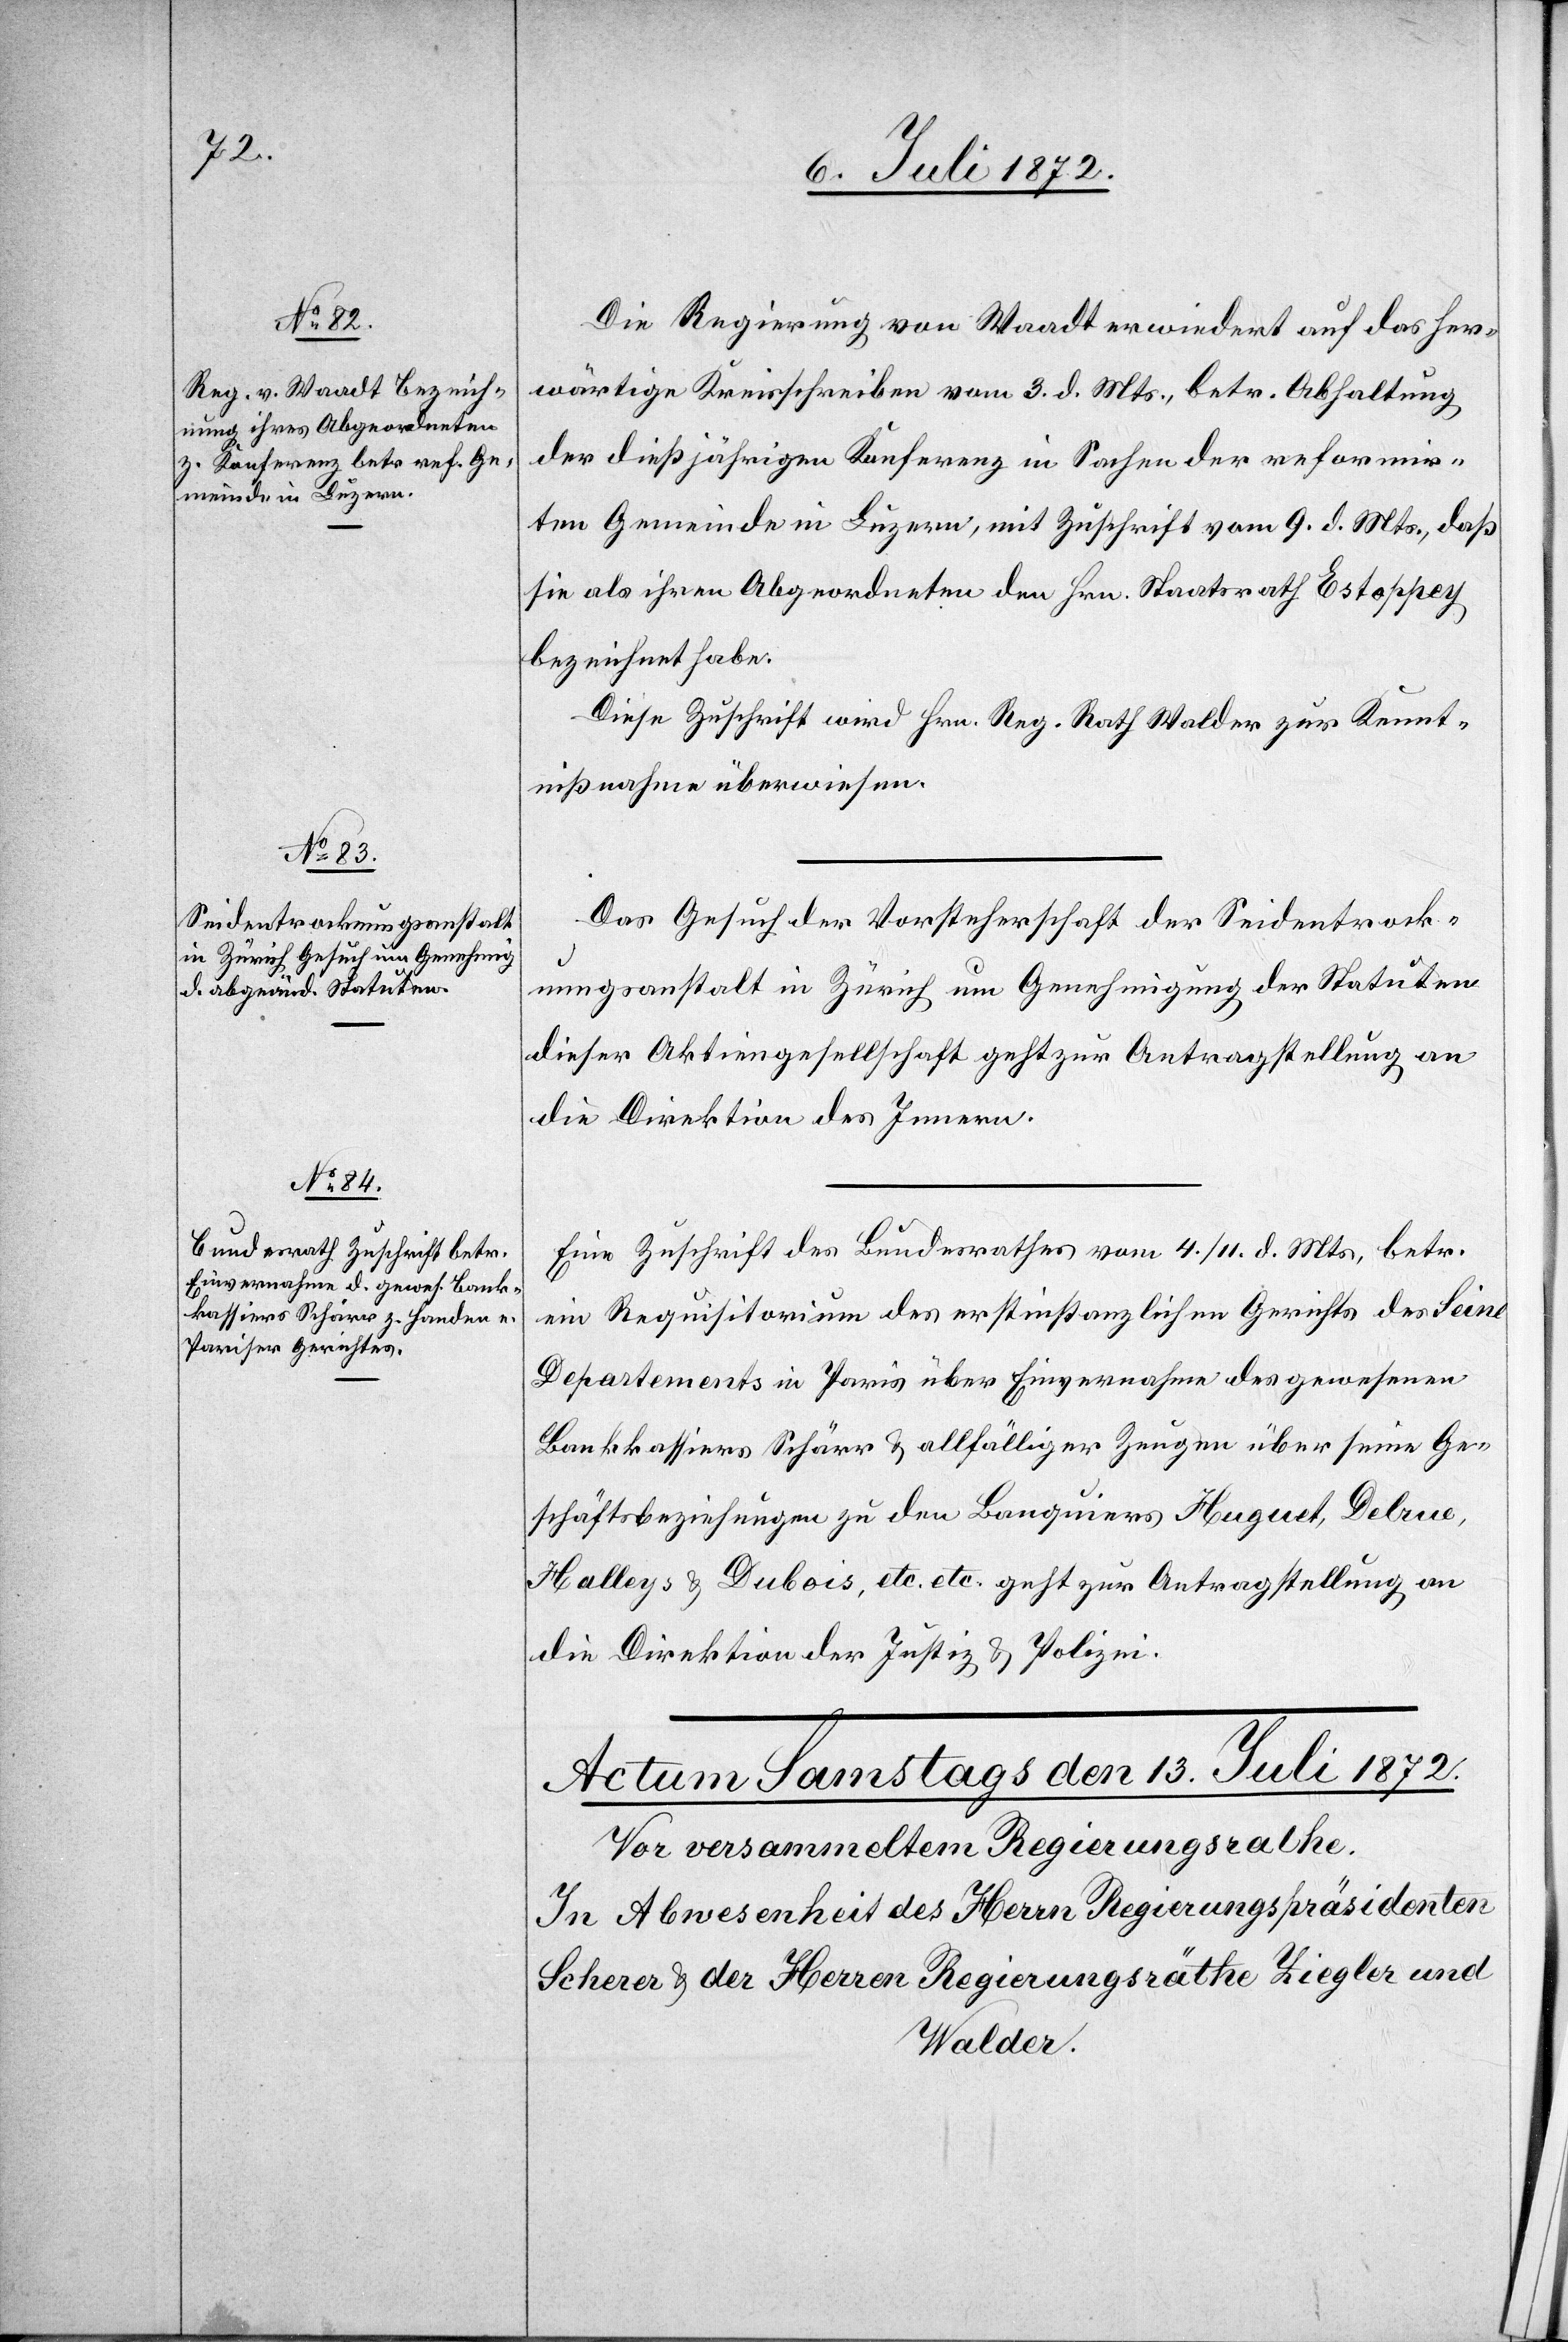
12. Juli 1872.]
Die Regierung von Waadt erwiedert auf das her¬
wärtige Kreisschreiben vom 3. d. Mts., betr. Abhaltung
der dießjährigen Konferenz in Sachen der reformir¬
ten Gemeinde in Luzern, mit Zuschrift vom 9. d. Mts., daß
sie als ihren Abgeordneten den Hrn. Staatsrath Estoppey
bezeichnet habe.
Diese Zuschrift wird Hrn. Reg. Rath Walder zur Kennt¬
nißnahme überwiesen.
Das Gesuch der Vorsteherschaft der Seidentrock¬
nungsanstalt in Zürich um Genehmigung der Statuten
dieser Aktiengesellschaft geht zur Antragstellung an
die Direktion des Innern.
Eine Zuschrift des Bundesrathes vom 4./11. d. Mts., betr.
ein Requisitorium des erstinstanzlichen Gerichts des Seine
Departements in Paris über Einvernahme des gewesenen
Bankkassiers Schärr u. allfälliger Zeugen über seine Ge¬
schäftsbeziehungen zu den Banquiers Huguet, Delrue,
Halleys u. Dubois, etc. etc. .geht zur Antragstellung an
die Direktion der Justiz u. Polizei.